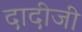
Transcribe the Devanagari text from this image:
दादीजी